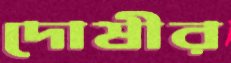
দোষীর